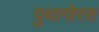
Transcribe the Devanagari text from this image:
पुथागोरस